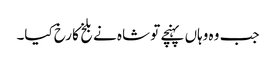
جب وہ وہاں پہنچے تو شاہ نے بلخ کا رخ کیا۔